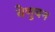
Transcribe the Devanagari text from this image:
वेणुबन